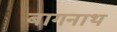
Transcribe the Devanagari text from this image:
बागनाथ